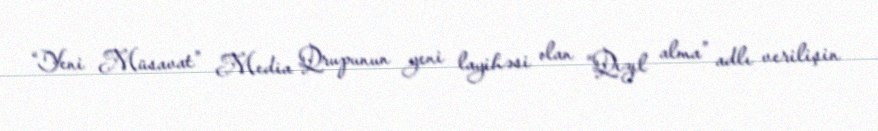
“Yeni Müsavat” Media Qrupunun yeni layihəsi olan “Qızıl alma” adlı verilişin